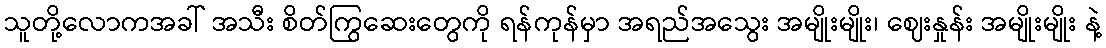
သူတို့လောကအခါ် အသီး စိတ်ကြွဆေးတွေကို ရန်ကုန်မှာ အရည်အသွေး အမျိုးမျိုး၊ ဈေးနှုန်း အမျိုးမျိုး နဲ့